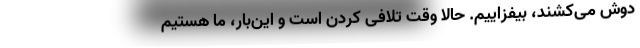
دوش می‌کشند، بیفزاییم. حالا وقت تلافی کردن است و این‌بار، ما هستیم